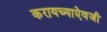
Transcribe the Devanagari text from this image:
करायच्याऐवजी